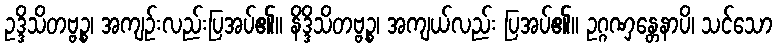
ဥဒ္ဒိသိတဗ္ဗဉ္စ၊ အကျဉ်းလည်းပြအပ်၏။ နိဒ္ဒိသိတဗ္ဗဉ္စ၊ အကျယ်လည်း ပြအပ်၏။ ဥဂ္ဂဏှန္တေနာပိ၊ သင်သော